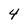
Character: 4